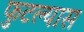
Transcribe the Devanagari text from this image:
फुटल्यास